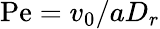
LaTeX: \mathrm{Pe}=v_{0}/aD_{r}